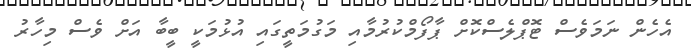
އެހެން ނަމަވެސް ޓޮޕްލެސްކޮށް ޕާފޯމްކުރުމާއި މަގުމަތީގައި އުޅުމަކީ ބީބާ އަށް ވެސް މިހާރު